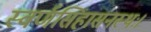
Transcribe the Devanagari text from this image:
स्वर्णसिंहासनस्थः।